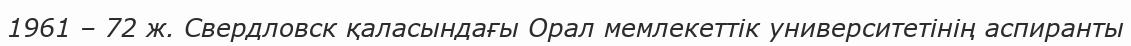
1961 – 72 ж. Свердловск қаласындағы Орал мемлекеттік университетінің аспиранты